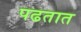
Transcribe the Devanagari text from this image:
पढतात